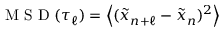
\mathrm { ~ M ~ S ~ D ~ } ( \tau _ { \ell } ) = \left\langle ( \tilde { x } _ { n + \ell } - \tilde { x } _ { n } ) ^ { 2 } \right\rangle